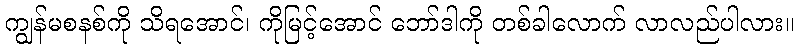
ကျွန်မစနစ်ကို သိရအောင်၊ ကိုမြင့်အောင် ဘော်ဒါကို တစ်ခါလောက် လာလည်ပါလား။